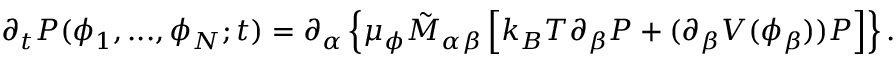
\partial _ { t } P ( \phi _ { 1 } , . . . , \phi _ { N } ; t ) = \partial _ { \alpha } \left\{ \mu _ { \phi } \tilde { M } _ { \alpha \beta } \left[ k _ { B } T \partial _ { \beta } P + ( \partial _ { \beta } V ( \phi _ { \beta } ) ) P \right] \right\} .